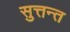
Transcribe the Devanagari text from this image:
सुत्तन्त